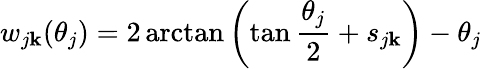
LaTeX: w_{j\mathbf{k}}(\theta_{j})=2\arctan\left(\tan\frac{{\theta_{j}}}{2}+s_{j\mathbf{k}}\right)-\theta_{j}